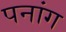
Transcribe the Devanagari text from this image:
पनांग